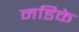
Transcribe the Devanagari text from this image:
मडिके